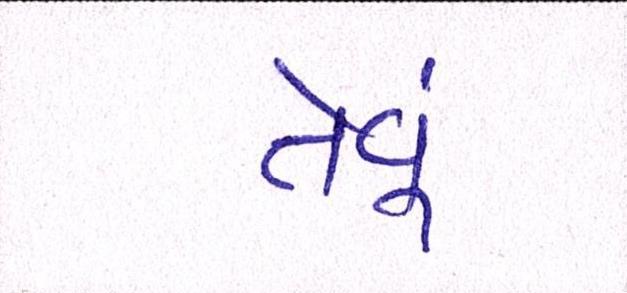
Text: તેવૂં